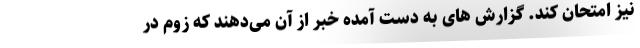
نیز امتحان کند. گزارش های به دست آمده خبر از آن می‌دهند که زوم در